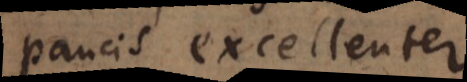
paucis excellenter.